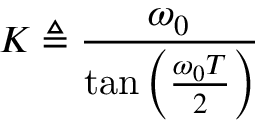
K \triangleq { \frac { \omega _ { 0 } } { \tan \left( { \frac { \omega _ { 0 } T } { 2 } } \right) } }